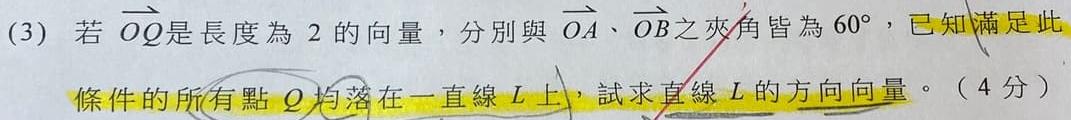
(3) 若$\overrightarrow{OQ}$是長度為$2$的向量，分別與$\overrightarrow{OA}$、$\overrightarrow{OB}$之夾角皆為$60^{\circ}$，已知滿足此條件的所有點$Q$均落在一直線$L$上，試求直線$L$的方向向量。（4 分）